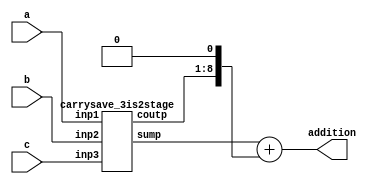
module Top (
input [4:0] a,
input [4:0] b,
input [4:0] c,
output [8:0] addition
);
wire [8:0] sum;
wire [7:0] cout;
carrysave_3is2stage instantiated (a[4:0],b[4:0],c[4:0],sum[8:0],cout[7:0]);
assign addition[8:0] = sum[8:0] + ({cout[7:0],1'b0});
endmodule


module carrysave_3is2stage (
input [4:0] inp1,
input [4:0] inp2,
input [4:0] inp3,
output [8:0] sump,
output [7:0] coutp
);
wire [8:0] inp1_9bit;
wire [8:0] inp2_9bit;
wire [8:0] inp3_9bit;
assign inp1_9bit [8:0] = {inp1[4],inp1[4],inp1[4],inp1[4],inp1[4:0]};
assign inp2_9bit [8:0] = {inp2[4],inp2[4],inp2[4:0],1'b0,1'b0};
assign inp3_9bit [8:0] = {1'b0,inp3[4:0],1'b0,1'b0,1'b0};
FullAdder FA0 (inp1_9bit[0],inp2_9bit[0],inp3_9bit[0],sump[0],coutp[0]);
FullAdder FA1 (inp1_9bit[1],inp2_9bit[1],inp3_9bit[1],sump[1],coutp[1]);
FullAdder FA2 (inp1_9bit[2],inp2_9bit[2],inp3_9bit[2],sump[2],coutp[2]);
FullAdder FA3 (inp1_9bit[3],inp2_9bit[3],inp3_9bit[3],sump[3],coutp[3]);
FullAdder FA4 (inp1_9bit[4],inp2_9bit[4],inp3_9bit[4],sump[4],coutp[4]);
FullAdder FA5 (inp1_9bit[5],inp2_9bit[5],inp3_9bit[5],sump[5],coutp[5]);
FullAdder FA6 (inp1_9bit[6],inp2_9bit[6],inp3_9bit[6],sump[6],coutp[6]);
FullAdder FA7 (inp1_9bit[7],inp2_9bit[7],inp3_9bit[7],sump[7],coutp[7]);
FullAdder FA8 (inp1_9bit[8],inp2_9bit[8],inp3_9bit[8],sump[8], );
endmodule


module FullAdder(
input in1,
input in2,
input cin,
output sum,
output cout
);
assign sum = (in1 ^ in2) ^ cin;
assign cout = (in1 & in2) | (cin & (in1 ^ in2));
endmodule